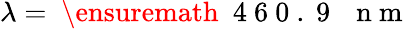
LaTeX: \lambda=\mathrm{~\ensuremath~{~4~6~0~.~9~}~\, ~n~m~}